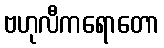
ဗဟုလီကရောတော